Civil Veterinary Dept. Bombay admin report 1893-99 - 1893-1899
Year: 1893
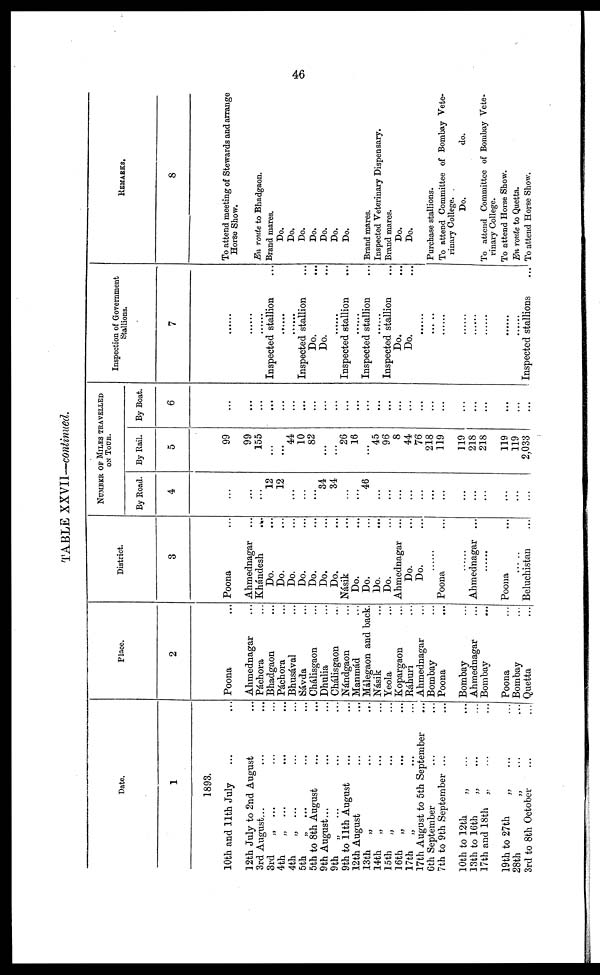
46
TABLE XXVII—continued.
Date.
1
1893.
10th and 11th July
... ...
12th July to 2nd August ...
3rd August ... ... ...
3rd
„ ... ... ...
4th
„ ... ... ...
4th
„ ... ... ...
5th
„ ... ... ...
5th to 8th August ... ...
9th August ... ... ...
9th
„ ... ... ...
9th to 11th August ... ...
12th August ... ...
13th
„ ... ...
14th
„ ... ...
15th
„ ... ...
16th
„ ... ...
17th
„ ... ...
17th August to 5th September ...
6th September
7th to 9th September ...
10th to 12th
„ ... ...
13th to 16th
„ ... ...
17th and 18th „ ... ...
19th to 27th „ ... ...
28th „ ... ...
3rd to 8th October
...
...
Place.
2
Poona ...
Ahmednagar ...
Páchora ...
Bhadgaon ...
Páchora ...
Bhusával ...
Sávda ...
Chálisgaon ...
Dhulia ...
Chálisgaon ...
Nándgaon ...
Manmád ...
Málegaon and back.
Násik ...
Yeola ...
Kopargaon ...
Ráhuri ...
Ahmednagar ...
Bombay
Poona ...
Bombay
Ahmednagar ...
Bombay ...
Poona ...
Bombay
Quetta ...
District.
3
Poona ...
Ahmednagar ...
Khándesh
...
Do. ...
Do. ...
Do. ...
Do. ...
Do. ...
Do. ...
Do. ...
Násik ...
Do. ...
Do. ...
Do. ...
Do. ...
Ahmednagar ...
Do. ...
Do. ...
......
Poona ...
... ...
Ahmednagar ...
......
Poona ...
Beluchistan ...
NUMBER OF MILES TRAVELLED
ON TOUR.
By Road.
4
...
...
...
12
12
...
...
...
34
34
...
...
46
...
...
...
...
...
...
...
...
...
...
...
...
By Rail.
5
99
99
155
...
...
44
10
82
...
...
26
16
...
45
96
8
44
76
218
119
119
218
218
119
119
2,033
By Boat.
6
...
...
...
...
...
...
...
...
...
...
...
...
...
...
...
...
...
...
...
...
...
...
...
...
...
...
Inspection of Government
Stallions.
7
......
......
......
Inspected stallion ...
......
......
Inspected stallion ...
Do. ...
Do. ...
......
Inspected stallion ...
......
Inspected stallion ...
......
Inspected stallion ...
Do. ...
Do. ...
......
......
......
......
......
......
......
Inspected stallions ...
REMARKS.
8
To attend meeting of Stewards and arrange
Horse Show.
En route to Bhadgaon.
Brand mares.
Do.
Do.
Do.
Do.
Do.
Do.
Do.
Brand mares.
Inspected Veterinary Dispensary.
Brand mares.
Do.
Do.
Purchase stallions.
To attend Committee of Bombay Vete-
rinary College.
Do.
do.
To attend Committee of Bombay Vete-
rinary College.
To attend Horse Show.
En route to Quetta.
To attend Horse Show.